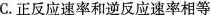
C.正反应速率和逆反应速率相等